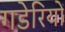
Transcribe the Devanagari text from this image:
गडेरियों